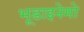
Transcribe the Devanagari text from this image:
भूडाइनेमो